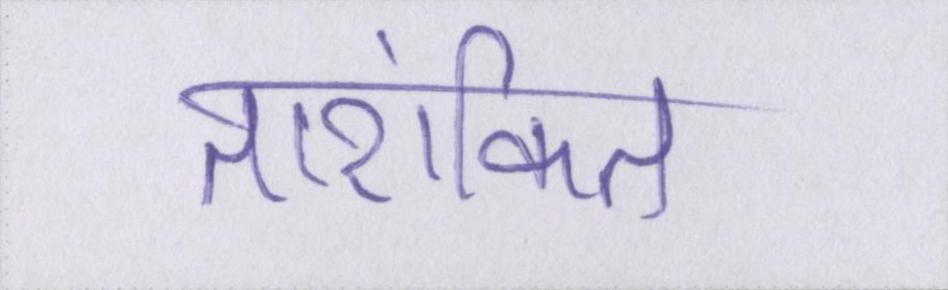
तारांकित